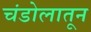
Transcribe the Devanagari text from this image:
चंडोलातून